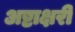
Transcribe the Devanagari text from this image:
अष्टाक्षरी